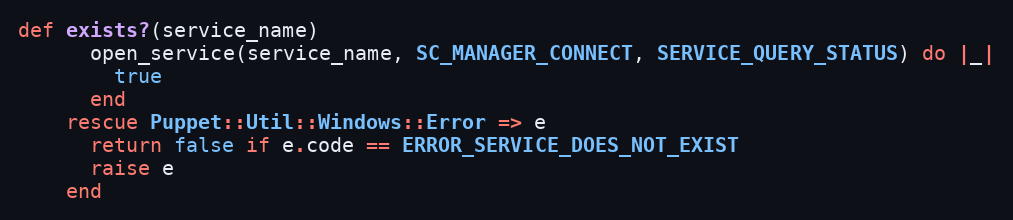
Language: Ruby
def exists?(service_name)
      open_service(service_name, SC_MANAGER_CONNECT, SERVICE_QUERY_STATUS) do |_|
        true
      end
    rescue Puppet::Util::Windows::Error => e
      return false if e.code == ERROR_SERVICE_DOES_NOT_EXIST
      raise e
    end